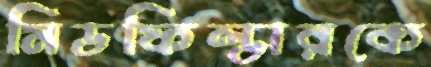
মিডফিল্ডারকে